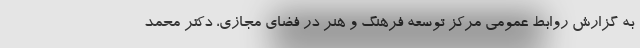
به گزارش روابط عمومی مرکز توسعه فرهنگ و هنر در فضای مجازی، دکتر محمد